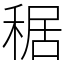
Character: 䅕